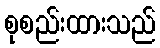
စုစည်းထားသည်